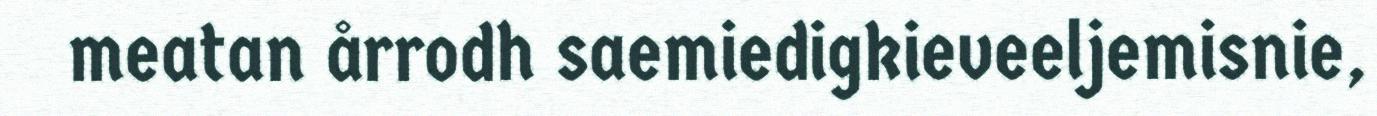
meatan årrodh saemiedigkieveeljemisnie,